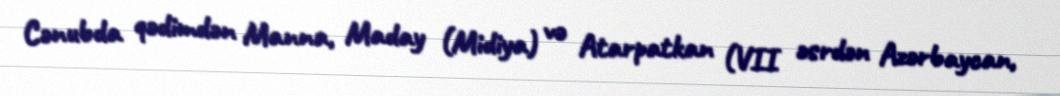
Cənubda qədimdən Manna, Maday (Midiya) və Atarpatkan (VII əsrdən Azərbaycan,